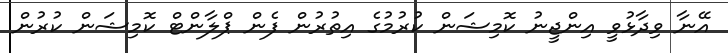
އޭނާ ވިދާޅުވީ އިންޖީނު ކޮމިޝަން ކުރުމުގެ އިތުރުން ފެން ޕްލާންޓް ކޮމިޝަން ކުރުން